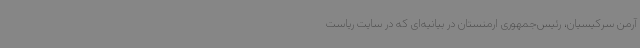
آرمن سرکیسیان، رئیس‌جمهوری ارمنستان در بیانیه‌ای که در سایت ریاست